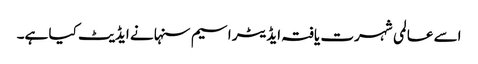
اسے عالمی شہرت یافتہ ایڈیٹر اسیم سنہا نے ایڈیٹ کیا ہے۔